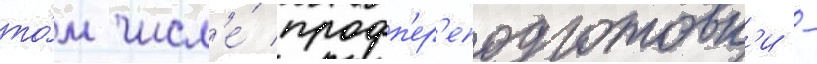
то́м числ'е́ профп'ер'еподготовк'и -